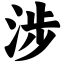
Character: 涉